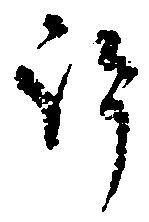
許